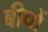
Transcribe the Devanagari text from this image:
बीघों